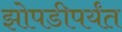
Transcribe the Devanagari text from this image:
झोपडीपर्यंत